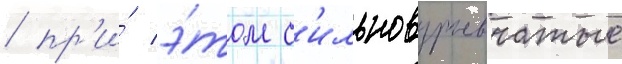
/ пр'и́ э́том с'ильновзрывчатые